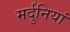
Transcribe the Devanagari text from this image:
मर्दुनियां